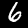
Digit: 6